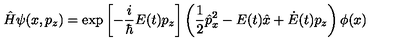
\hat { H } \psi ( x , p _ { z } ) = \exp \left[ - \frac { i } { \hbar } E ( t ) p _ { z } \right] \left( \frac { 1 } { 2 } \hat { p } _ { x } ^ { 2 } - E ( t ) \hat { x } + \dot { E } ( t ) p _ { z } \right) \phi ( x )